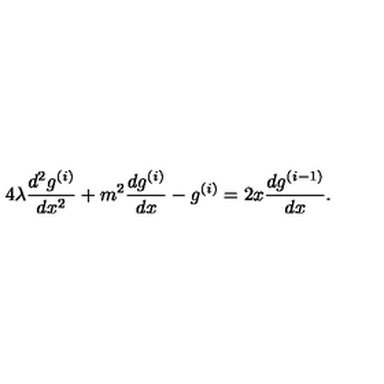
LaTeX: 4 \lambda \frac { d ^ { 2 } g ^ { ( i ) } } { d x ^ { 2 } } + m ^ { 2 } \frac { d g ^ { ( i ) } } { d x } - g ^ { ( i ) } = 2 x \frac { d g ^ { ( i - 1 ) } } { d x } .